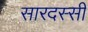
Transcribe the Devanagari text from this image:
सारदस्सी